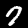
Digit: 7